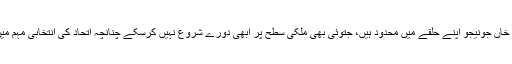
انتخابی مہم پر تبصرہ کرتے ہوئے بی بی سی کا کہنا تھا،’’ محمد خاں جونیجو اپنے حلقے میں محدود ہیں، جتوئی بھی ملکی سطح پر ابھی دورے شروع نہیں کرسکے چنانچہ اتحاد کی انتخابی مہم میں نوازشریف ایک مضبوط شخصیت کے طور پر اُبھر رہے ہیں‘‘۔